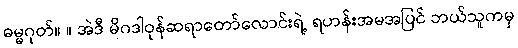
ဓမ္မဂုတ်။ ။ အဲဒီ မိဂဒါဝုန်ဆရာတော်လောင်းရဲ့ ရဟန်းအမအပြင် ဘယ်သူကမှ